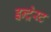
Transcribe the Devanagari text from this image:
इन्ट्रेस्ट